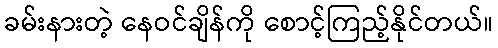
ခမ်းနားတဲ့ နေဝင်ချိန်ကို စောင့်ကြည့်နိုင်တယ်။